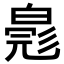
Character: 𬐐